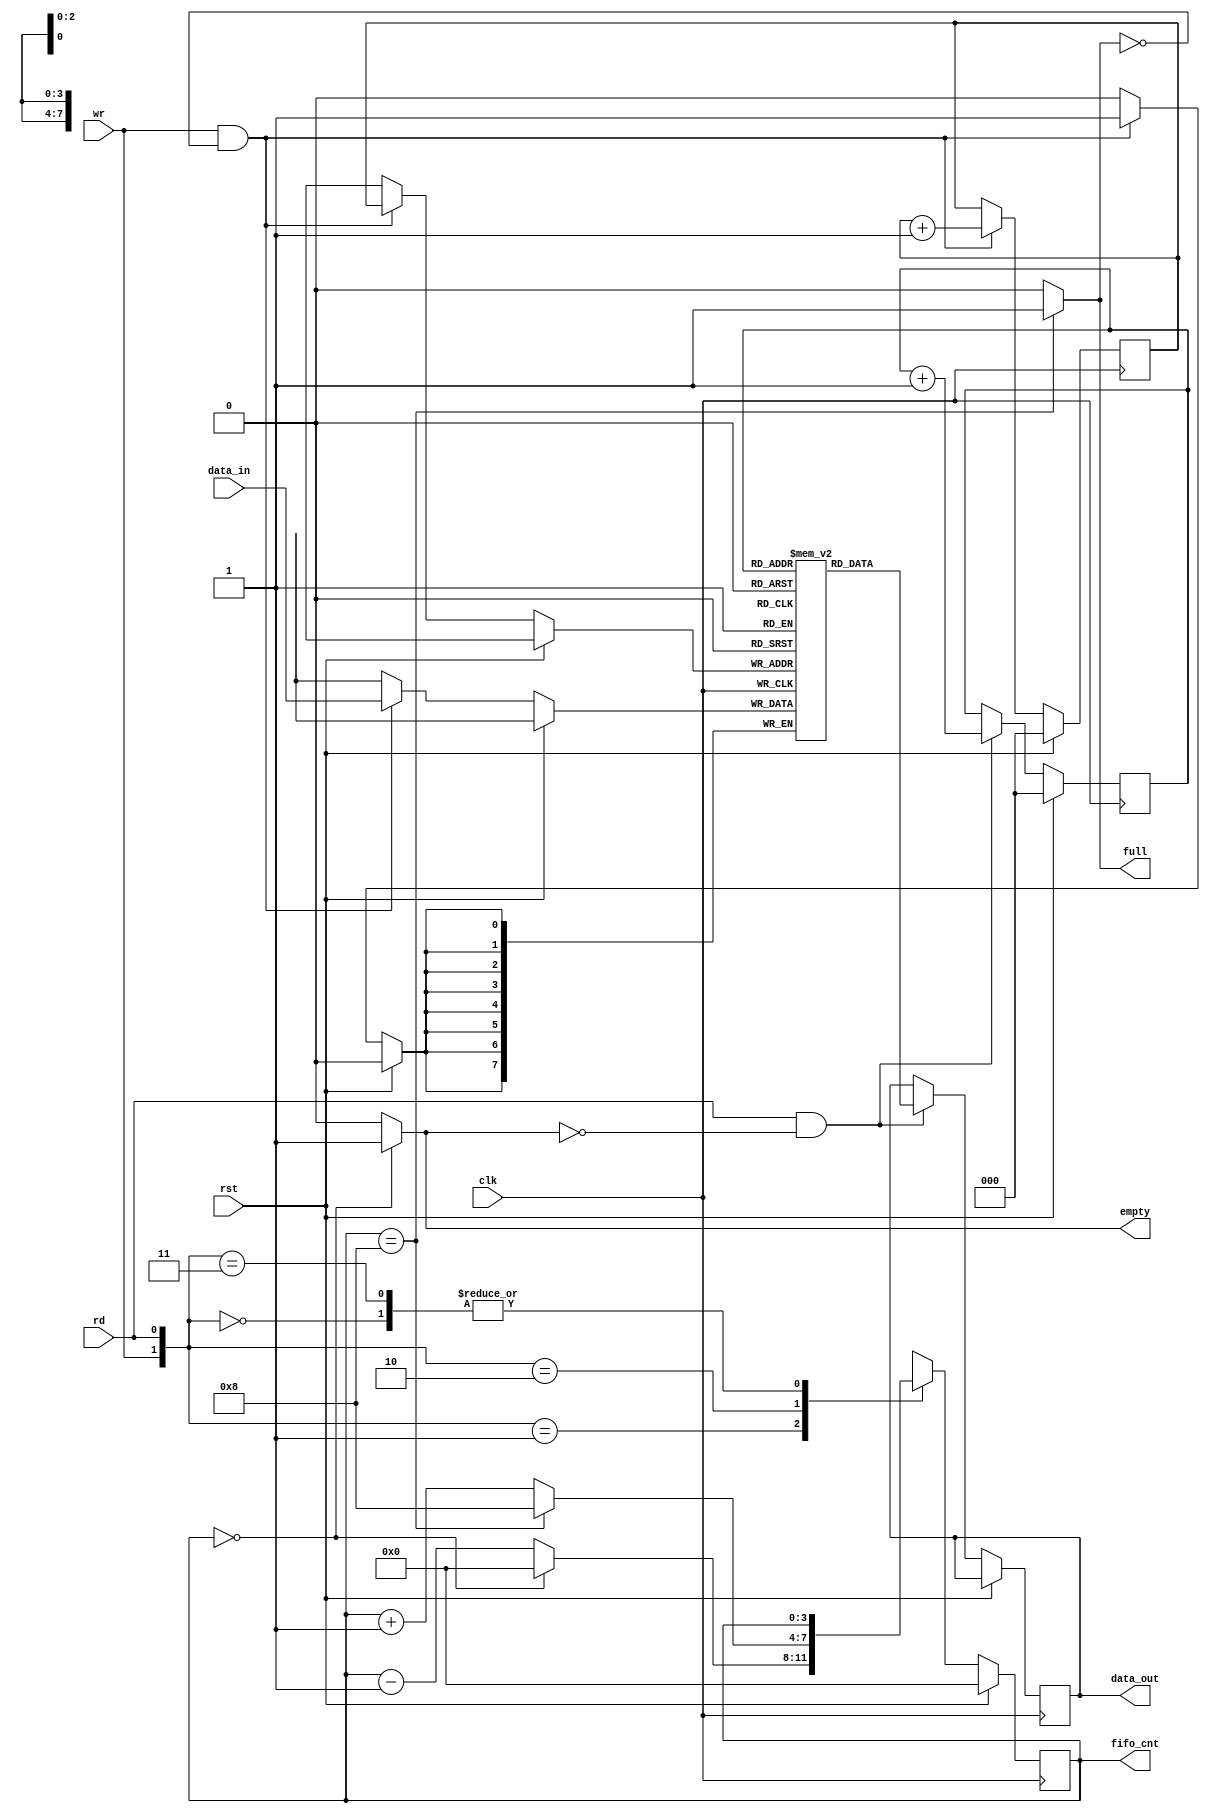
`timescale 1ns / 1ps
//////////////////////////////////////////////////////////////////////////////////
// Company: 
// Engineer: 
// 
// Design Name: 
// Module Name: fifo_1
// Project Name: 
// Target Devices: 
// Tool Versions: 
// Description: 
// 
// Dependencies: 
// 
// Revision:
// Revision 0.01 - File Created
// Additional Comments:
// 
///////////////////////////////////////////////////////////
module fifo_1 (
input [7:0] data_in,
 input clk, rst, rd, wr,
output  empty,
output  full,
output reg [3:0]fifo_cnt,
output reg [7:0] data_out);


reg [7:0] fifo [0:7];
reg [2:0] rd_ptr;
reg [2:0] wr_ptr;

always @(negedge clk)
begin
    if (rst) 
    begin
        wr_ptr <= 0;
        rd_ptr <= 0;
    end
    else
    begin: write
         if (wr && ~full)  
         begin
            fifo [wr_ptr] <= data_in;
             wr_ptr <=  wr_ptr+1;
         end
         //read
         if (rd && ~empty)
            begin
                data_out <= fifo [rd_ptr];
                rd_ptr <=  rd_ptr+1 ;
            end
         end
end

//counter
always @(negedge clk) begin: count
    if (rst) fifo_cnt <= 0;
    else begin
        case ({wr, rd})
            2'b00: fifo_cnt <= fifo_cnt;
            2'b01: fifo_cnt <= (fifo_cnt==0) ? 0: fifo_cnt-1;
            2'b10: fifo_cnt <= (fifo_cnt==8) ? 8: fifo_cnt+1;
            2'b11 : fifo_cnt <= fifo_cnt;
            default: fifo_cnt <= fifo_cnt;
        endcase
    end
end

assign empty = (fifo_cnt ==0)?1:0;
assign full = (fifo_cnt ==8)?1:0;

endmodule


module fifo_1_ext( 
        input [7:0] data_in,
        input clk,rst,w_en,r_en,
        output [7:0] final_data,
        output reg full, empty,
        output [7:0]data_out_1,
        output  [3:0]fifo_cnt_1,
        output  [3:0]fifo_cnt_2
             );
             
wire f1,f2,e1,e2;
reg w1,w2,r1,r2;
//wire [7:0]data_out_1;




always@(posedge clk) begin
    if (rst) begin
        r1 <= 1'b0;
        w1 <= 1'b0;
        r2 <= 1'b0;
        w2 <= 1'b0;
    end 
    else begin
        r1 = (~e1 && r_en) ? 1'b1 : 1'b0;
        w1 = (~f1 && w_en) ? 1'b1 : 1'b0;
        r2 = (e1 && ~e2 && r_en) ? 1'b1 : 1'b0 ;
        w2 = (f1 && ~f2 && w_en) ? 1'b1 : 1'b0 ; 
    end
end


fifo_1 FIFO_1( data_in, clk, rst, r1, w1, e1, f1,fifo_cnt_1, data_out_1);

fifo_1 FIFO_2(data_in, clk, rst, r2, w2 , e2, f2,fifo_cnt_2, final_data);

always @(posedge clk,posedge rst) begin
    if (rst) begin
        full <= 1'b0;
        empty <= 1'b1;
    end else begin
        full <= f1 && f2;
        empty <= e1 && e2;
    end
end
endmodule